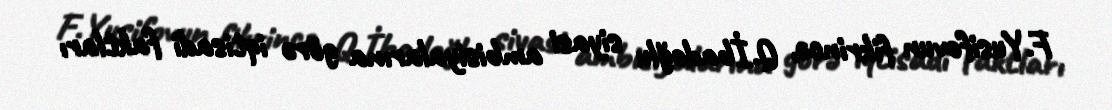
F.Yusifovun fikrincə, Q.İbadoğlu siyasi ambisiyalarına görə iqtisadi faktları